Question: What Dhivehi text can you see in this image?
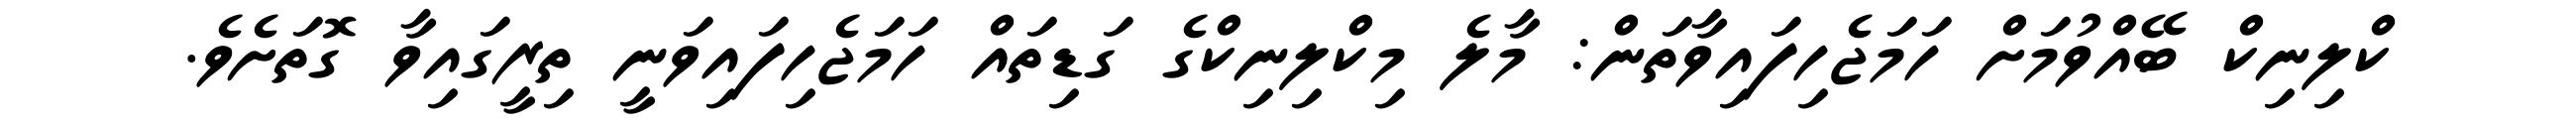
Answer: ކްލިނިކް ބޭއްވުމަށް ހަމަޖެހިފައިވާތަން: މާލެ މިކްލިނިކްގެ ގަޑިތައް ހަމަޖެހިފައިވަނީ ތިރީގައިވާ ގޮތަށެވެ.